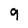
Character: 9